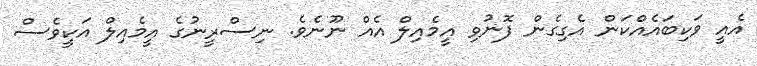
އެއީ ވަކިބައެއްކަން އެގިގެން ފޮނުވި އީމެއިލް އެއް ނޫނެވެ. ނިސްރީނުގެ އީމެއިލް އަކީވެސް